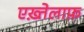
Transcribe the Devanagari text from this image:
एख़्तेलाफ़